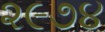
૨૯૭૪